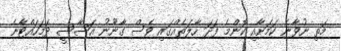
މަތި ނުވާނެ ކަމަށާއި ކޮންމެ ފަދަ ހާލަތެއްގައި ވެސް ގާނޫނު އަސާސީ ދަމަހައްޓާނެ